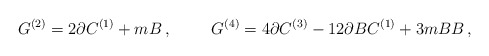
\begin{align*}G^{(2)}=2\partial C^{(1)}+mB\, ,\hspace{1cm}G^{(4)} = 4\partial C^{(3)} -12\partial BC^{(1)}+3m BB\, ,\end{align*}